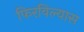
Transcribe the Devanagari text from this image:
फिरविल्यास